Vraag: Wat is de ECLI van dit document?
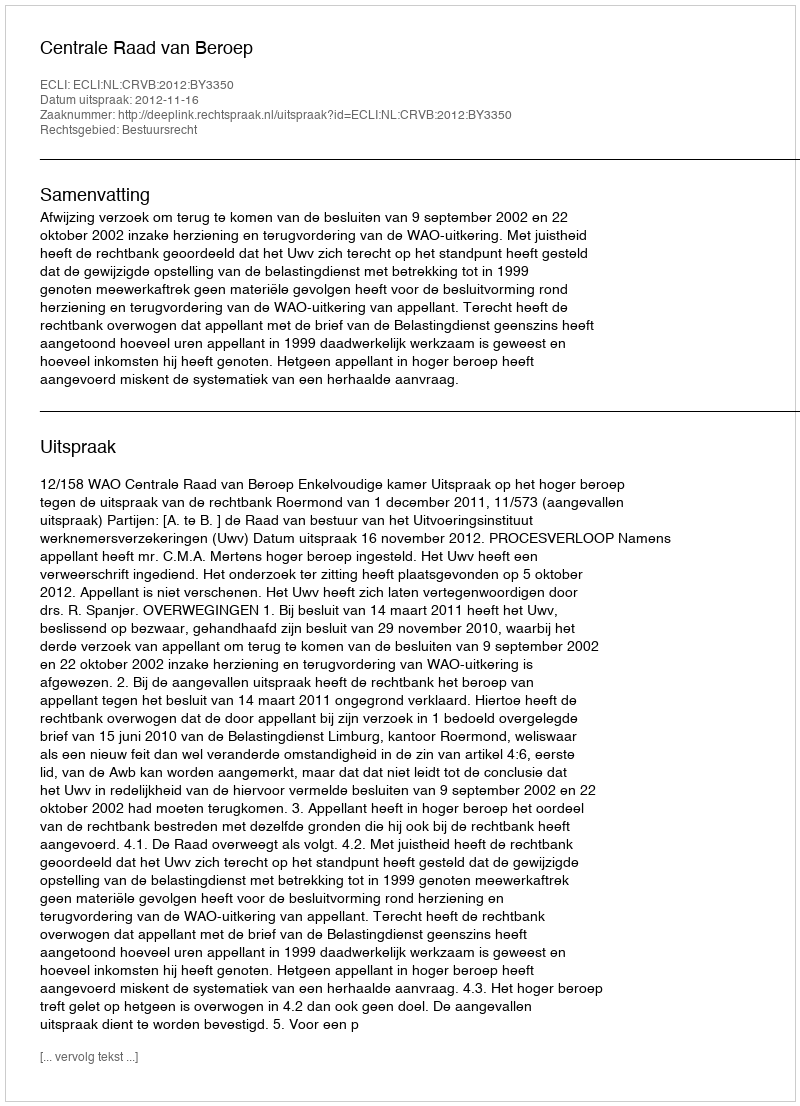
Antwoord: ECLI:NL:CRVB:2012:BY3350